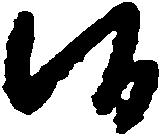
候